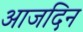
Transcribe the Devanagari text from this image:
आजदिन